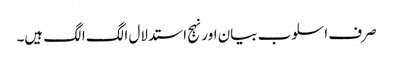
صرف اسلوب بیان اور نہج استدلال الگ الگ ہیں۔